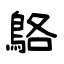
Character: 鴼